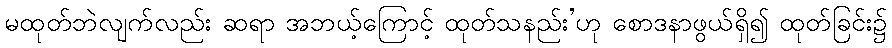
မထုတ်ဘဲလျက်လည်း ဆရာ အဘယ့်ကြောင့် ထုတ်သနည်း’ဟု စောဒနာဖွယ်ရှိ၍ ထုတ်ခြင်း၌